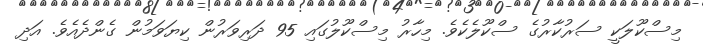
މިސްކޫލަކީ ސަރުކާރުގެ ސްކޫލެކެވެ. މިހާރު މިސްކޫލުގައި 95 ދަރިވަރުން ކިޔަވަމުން ގެންދެއެވެ. އަދި